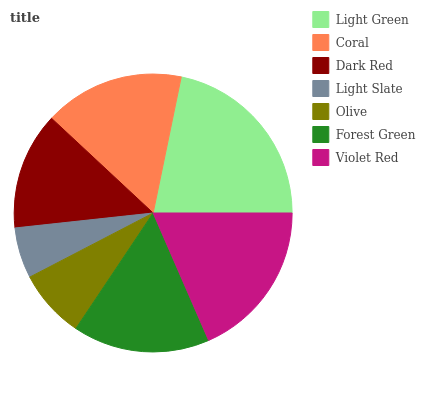
| Light Green | Coral | Dark Red | Light Slate | Olive | Forest Green | Violet Red |
 | --- | --- | --- | --- | --- | --- | --- |
 | 21.8% | 16.2% | 13.7% | 5.91% | 8.01% | 15.9% | 18.5% |